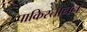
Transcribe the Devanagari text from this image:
पाकिस्तानन